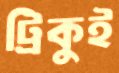
ট্রিকুই